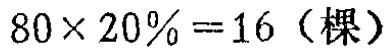
\(80\times 20\% = 16（棵）\)